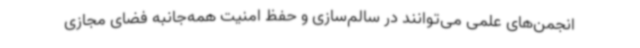
انجمن‌های علمی می‌توانند در سالم‌سازی و حفظ امنیت همه‌جانبه فضای مجازی